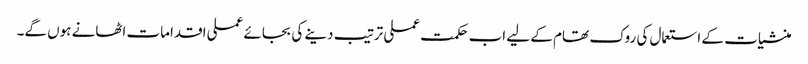
منشیات کے استعمال کی روک تھام کے لیے اب حکمت عملی ترتیب دینے کی بجائے عملی اقدامات اٹھانے ہوں گے۔